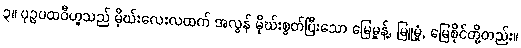
၃။ ပုဉ္ဇပထဝီဟူသည် မိုဃ်းလေးလထက် အလွန် မိုဃ်းစွတ်ပြီးသော မြေမှုန့်, မြူမှုံ, မြေစိုင်တို့တည်း။